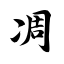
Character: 凋